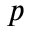
p